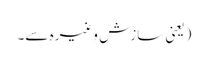
(یعنی سازش وغیرہ سے۔